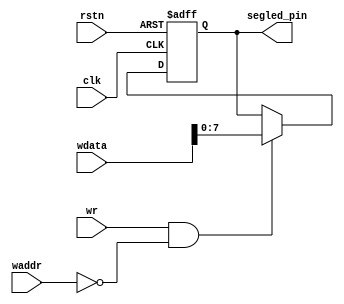
`timescale 1ns/100ps

// A port/B port: Write after Read
module segled #(
  parameter  ADDRESS_WIDTH = 5
) (
  input                          clk,
  input                          rstn,
  input                          wr,
  input   [(ADDRESS_WIDTH-1):0]  waddr,
  input                  [31:0]  wdata,

  output                 [ 7:0]  segled_pin
);

  localparam ADDR_DATA = 'd0;

  ////////  Write Logic ///////
  reg [7:0] segled_data;
  
  always @(posedge clk or negedge rstn)
  begin
  	if (~rstn)
  	  segled_data <= 'd0;
  	else if (wr & (waddr == ADDR_DATA))
  	  segled_data <= wdata[7:0];
  end

  assign segled_pin = segled_data;

endmodule